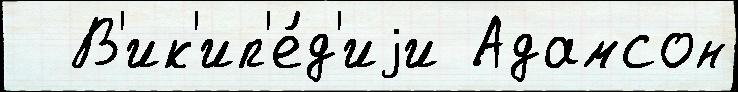
  В'ик'ип'е́д'иjи Адамсон